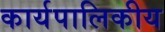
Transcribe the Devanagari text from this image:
कार्यपालिकीय